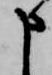
申